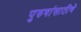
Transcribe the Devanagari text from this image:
पुरुषांसाठीचे